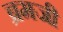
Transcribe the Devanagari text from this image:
ब्रमजी